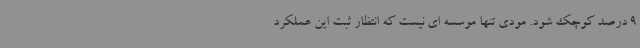
9 درصد کوچک شود. مودی تنها موسسه ای نیست که انتظار ثبت این عملکرد